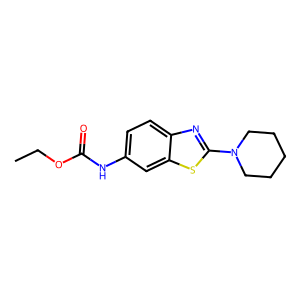
SMILES: CCOC(=O)Nc1ccc2nc(N3CCCCC3)sc2c1
Inhibits HIV replication: No